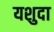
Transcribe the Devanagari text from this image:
यशुदा